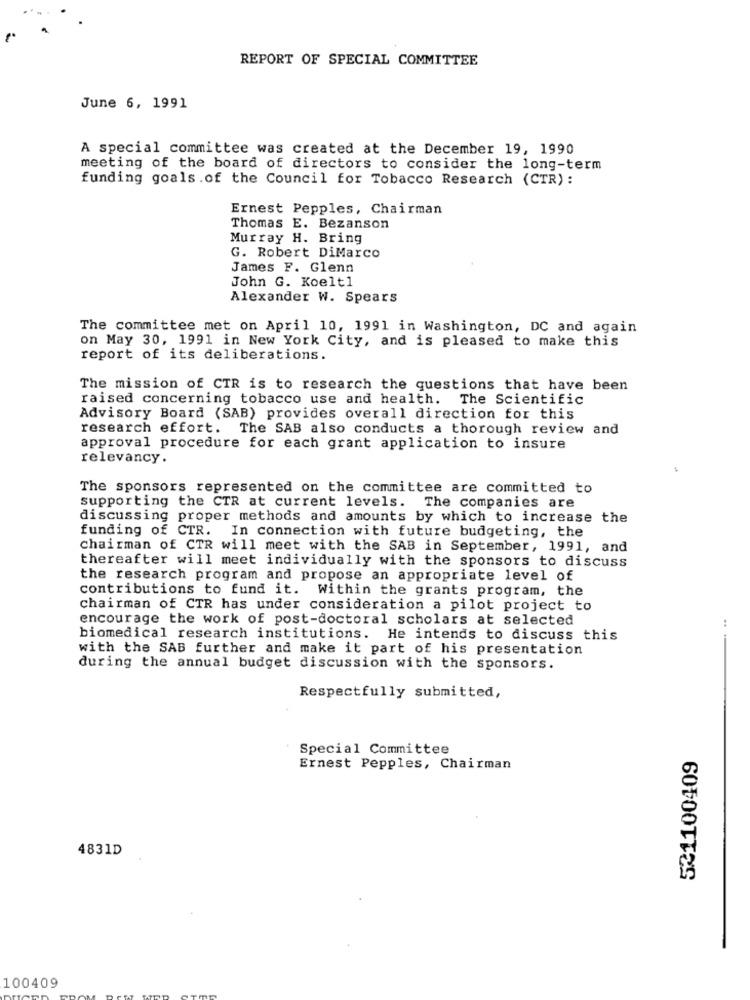
REPORT OF SPECIAL COMMITTEE
June 6, 1991
A special committee was created at the December 19, 1990
meeting of the board of directors to consider the long-term
funding goals .of the Council for Tobacco Research (CTR) :
Ernest Pepples, Chairman
Thomas E. Bezanson
Murray H. Bring
G. Robert DiMarco
James F. Glenn
John G. Koelt1
Alexander W. Spears
The committee met on April 10, 1991 in Washington, DC and again
on May 30, 1991 in New York City, and is pleased to make this
report of its deliberations.
The mission of CTR is to research the questions that have been
raised concerning tobacco use and health. The Scientific
Advisory Board (SAB) provides overall direction for this
research effort. The SAB also conducts a thorough review and
approval procedure for each grant application to insure
relevancy.
The sponsors represented on the committee are committed to
supporting the CTR at current levels. The companies are
discussing proper methods and amounts by which to increase the
funding of CTR. In connection with future budgeting, the
chairman of CTR will meet with the SAB in September, 1991, and
thereafter will meet individually with the sponsors to discuss
the research program and propose an appropriate level of
contributions to fund it. Within the grants program, the
chairman of CTR has under consideration a pilot project to
encourage the work of post-doctoral scholars at selected
biomedical research institutions. He intends to discuss this
with the SAB further and make it part of his presentation
during the annual budget discussion with the sponsors.
Respectfully submitted,
Special Committee
521100409
Ernest Pepples, Chairman
4831D
100409